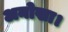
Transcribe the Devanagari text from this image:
अनोखा।